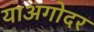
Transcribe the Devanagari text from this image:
याअगोदर